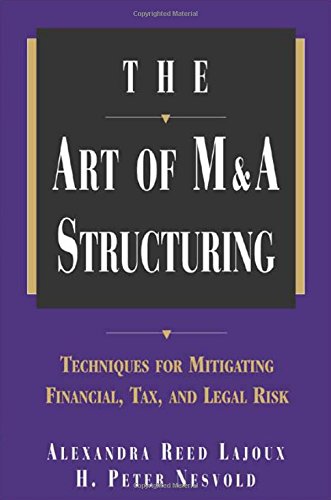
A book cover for The Art of M&A Structuring: Techniques for Mitigating Financial, Tax, and Legal Risk; Alexandra Reed Lajoux; Business & Money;